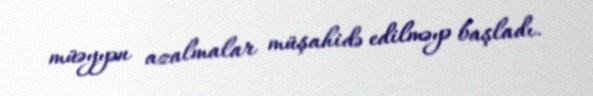
müəyyən azalmalar müşahidə edilməyə başladı.